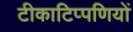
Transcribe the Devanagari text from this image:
टीकाटिप्पणियों